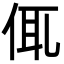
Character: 㑙